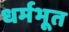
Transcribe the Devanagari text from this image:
धर्मभूत